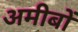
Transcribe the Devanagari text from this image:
अमीबों